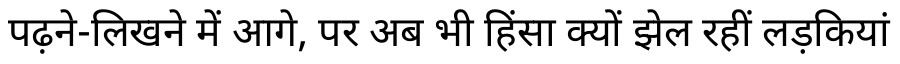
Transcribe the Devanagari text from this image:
पढ़ने-लिखने में आगे, पर अब भी हिंसा क्यों झेल रहीं लड़कियां